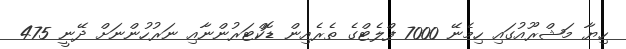
ހިޔާ މަޝްރޫއުގައި ހިމެނޭ 7000 ފްލެޓްގެ ތެރެއިން ޑޮކްޓަރުންނާއި ނަރުހުންނަށް ދޭނީ 475